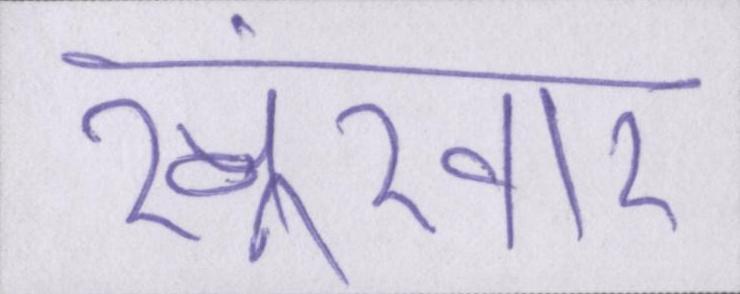
खूंखार